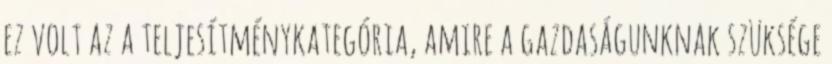
ez volt az a teljesítménykategória, amire a gazdaságunknak szüksége